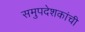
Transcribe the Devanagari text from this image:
समुपदेशकांची